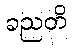
ခညတိ